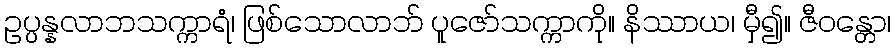
ဥပ္ပန္နလာဘသက္ကာရံ၊ ဖြစ်သောလာဘ် ပူဇော်သက္ကာကို။ နိဿာယ၊ မှီ၍။ ဇီဝန္တော၊